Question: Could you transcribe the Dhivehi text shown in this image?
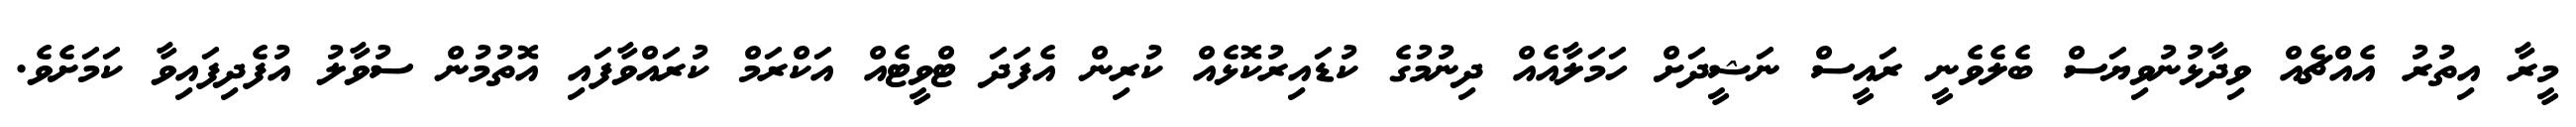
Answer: މީރާ އިތުރު އެއްޗެއް ވިދާޅުނުވިޔަސް ބެލެވެނީ ރައީސް ނަޝީދަށް ހަމަލާއެއް ދިނުމުގެ ކުޑައިރުކޮޅެއް ކުރިން އެފަދަ ޓްވީޓެއް އަކްރަމް ކުރައްވާފައި އޮތުމުން ސުވާލު އުފެދިފައިވާ ކަމަށެވެ.